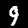
Label: 9